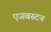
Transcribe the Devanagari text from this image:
एजबस्टन